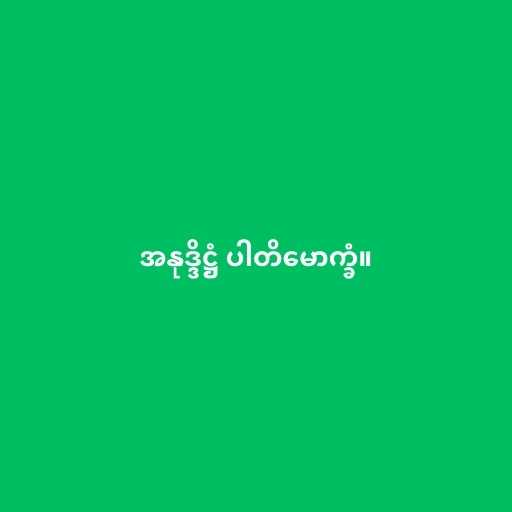
အနုဒ္ဒိဋ္ဌံ ပါတိမောက္ခံ။